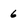
Character: 6